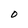
Character: 0